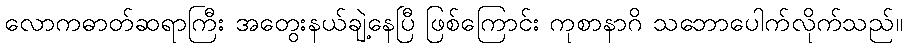
လောကဓာတ်ဆရာကြီး အတွေးနယ်ချဲ့နေပြီ ဖြစ်ကြောင်း ကုစာနာဂိ သဘောပေါက်လိုက်သည်။